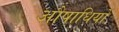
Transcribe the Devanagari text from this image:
औषाधियों